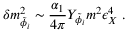
\delta m _ { \tilde { \phi _ { i } } } ^ { 2 } \sim \frac { \alpha _ { 1 } } { 4 \pi } Y _ { \tilde { \phi _ { i } } } m ^ { 2 } \epsilon _ { X } ^ { 4 } ~ .